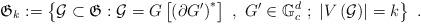
LaTeX: \begin{align*}\mathfrak{G}_{k}:=\left\{ \mathcal{G}\subset\mathfrak{G}:\mathcal{G}=G\left[\left( \partial G^{\prime}\right) ^{\ast}\right] \ ,\ G^{\prime}\in\mathbb{G}_{c}^{d}\ ;\ \left\vert V\left( \mathcal{G}\right) \right\vert=k\right\} \ .\end{align*}